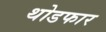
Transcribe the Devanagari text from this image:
थोडफार